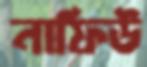
নাফিউ